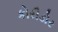
કોરીડોર